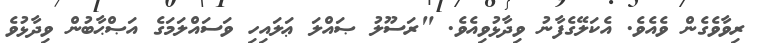
ރިވާވެގެން ވެއެވެ. އެކަލޭގެފާނު ވިދާޅުވިއެވެ. "ރަސޫލު ޞައްލަ ޢަލައިހި ވަސައްލަމަގެ އަޞްޙާބުން ވިދާޅުވެ